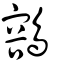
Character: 𪃾